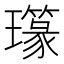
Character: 𤪪